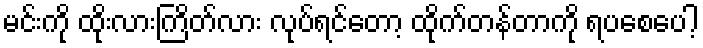
မင်းကို ထိုးလားကြိတ်လား လုပ်ရင်တော့ ထိုက်တန်တာကို ရပစေပေါ့